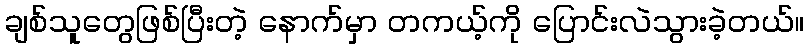
ချစ်သူတွေဖြစ်ပြီးတဲ့ နောက်မှာ တကယ့်ကို ပြောင်းလဲသွားခဲ့တယ်။